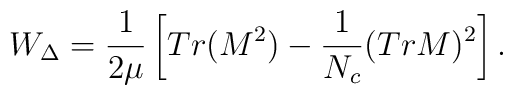
W_{\Delta}=\frac{1}{2\mu}\left[Tr(M^{2})-\frac{1}{N_{c}}(TrM)^{2}\right].